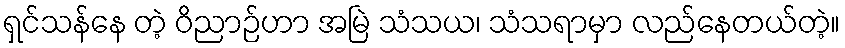
ရှင်သန်နေ တဲ့ ဝိညာဉ်ဟာ အမြဲ သံသယ၊ သံသရာမှာ လည်နေတယ်တဲ့။